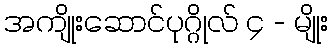
အကျိုးဆောင်ပုဂ္ဂိုလ် ၄ - မျိုး